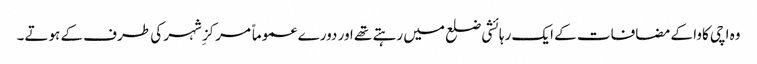
وہ اچی کاوا کے مضافات کے ایک رہائشی ضلع میں رہتے تھے اور دورے عموماً مرکزِ شہر کی طرف کے ہوتے۔